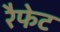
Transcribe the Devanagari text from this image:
रैफेट